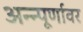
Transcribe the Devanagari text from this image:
अन्न्पूर्णावर